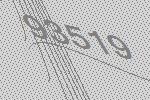
93519